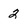
Character: 2